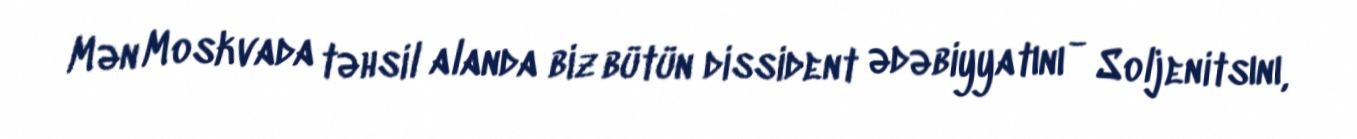
Mən Moskvada təhsil alanda biz bütün dissident ədəbiyyatını - Soljenitsını,